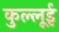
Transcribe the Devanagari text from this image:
कुल्लूई